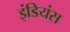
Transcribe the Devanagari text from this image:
इंडियंस